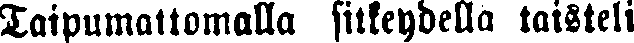
Taipumattomalla sitkeydellä taisteli